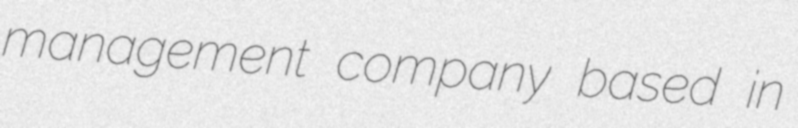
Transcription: management company based in